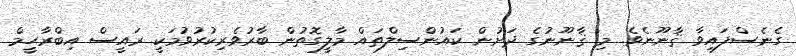
ގެނެސްފައިވާ ޤާނޫނެވެ. މި ޤާނޫނުގެ ދަށުން ކައުންސިލްތައް މާލީގޮތުން ބާރުވެރިކުރުވުމަކީ ރައީސް އިބްރާހީމް